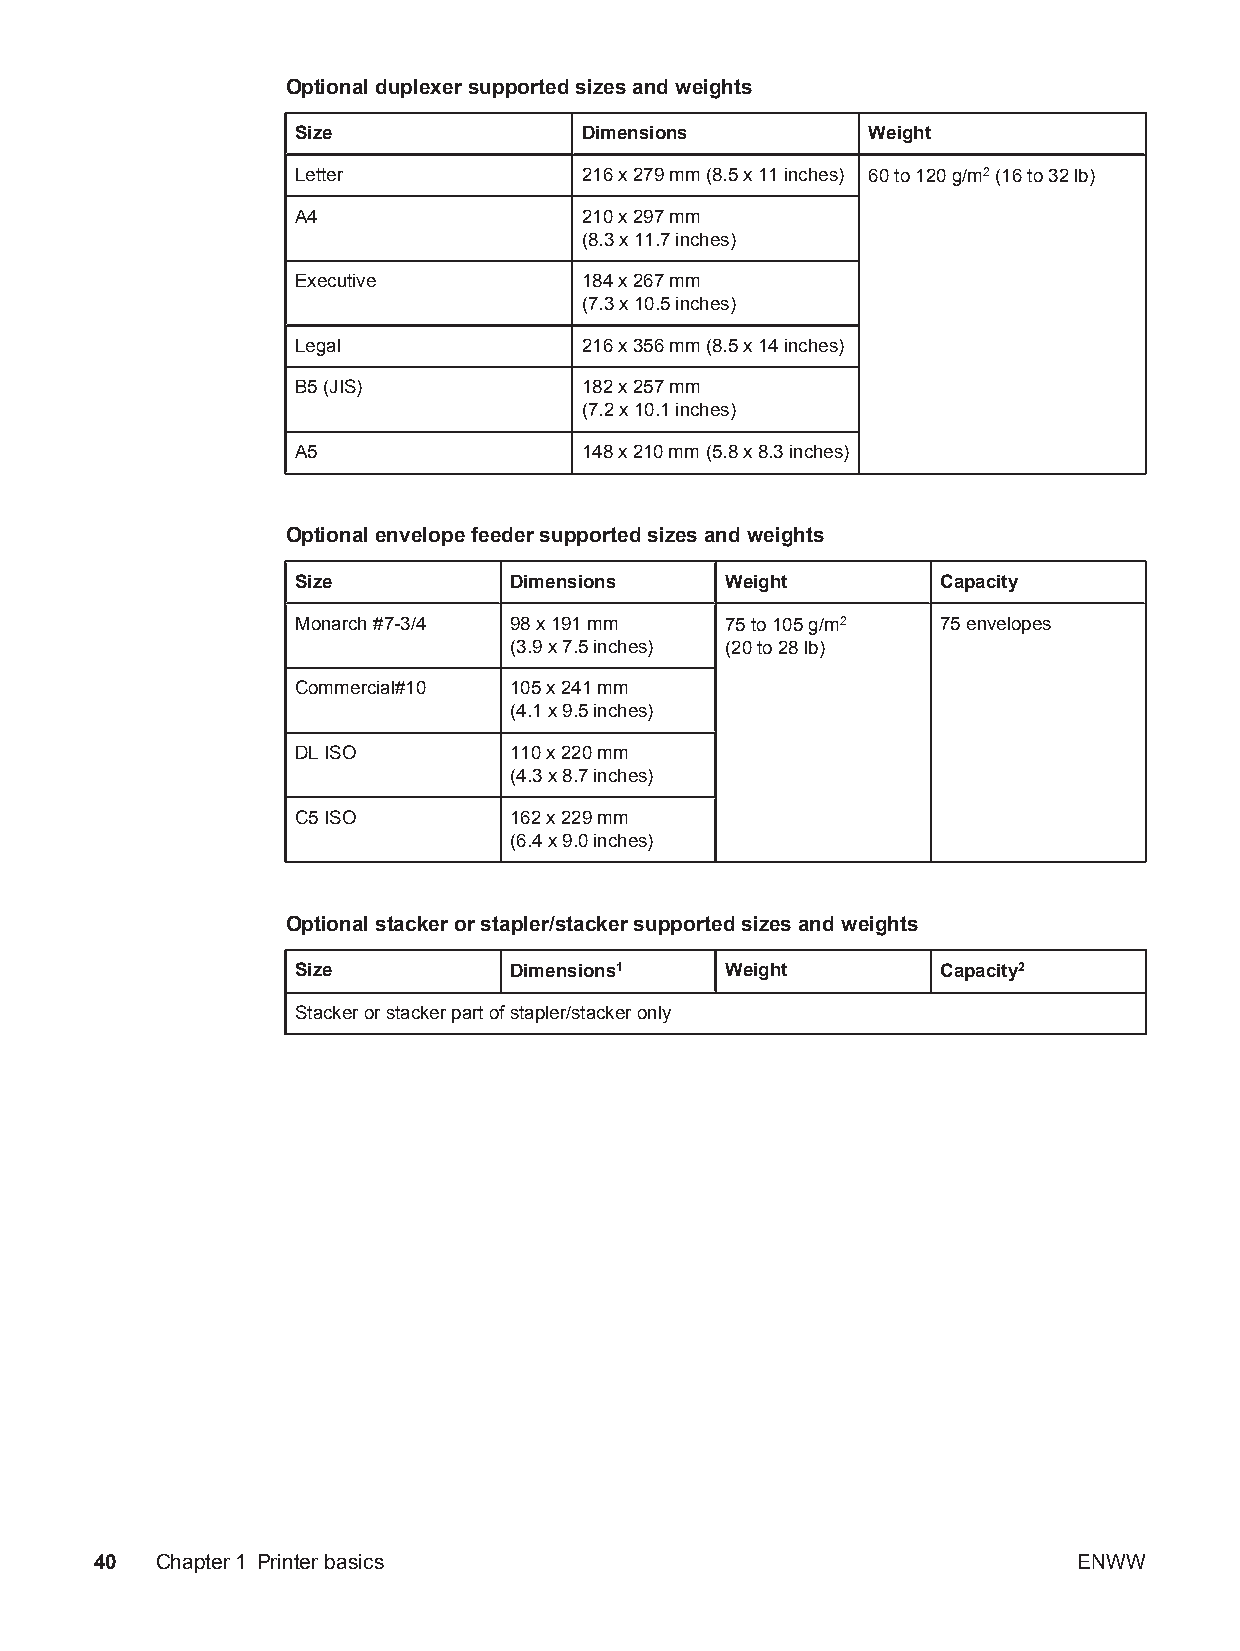
Optional duplexer supported sizes and weights
 Size              Dimensions         Weight
 Letter            216 x 279 mm (8.5 x 11 inches) 60 to 120 g/m2 (16 to 32 lb)
 A4                210 x 297 mm
 (8.3 x 11.7 inches)
 Executive         184 x 267 mm
 (7.3 x 10.5 inches)
 Legal             216 x 356 mm (8.5 x 14 inches)
 B5 (JIS)          182 x 257 mm
 (7.2 x 10.1 inches)
 A5                148 x 210 mm (5.8 x 8.3 inches)
 Optional envelope feeder supported sizes and weights
 Size          Dimensions    Weight        Capacity
 Monarch #7-3/4 98 x 191 mm  75 to 105 g/m2 75 envelopes
 (3.9 x 7.5 inches) (20 to 28 lb)
 Commercial#10 105 x 241 mm
 (4.1 x 9.5 inches)
 DL ISO        110 x 220 mm
 (4.3 x 8.7 inches)
 C5 ISO        162 x 229 mm
 (6.4 x 9.0 inches)
 Optional stacker or stapler/stacker supported sizes and weights
 Size          Dimensions1   Weight        Capacity2
 Stacker or stacker part of stapler/stacker only
 40  Chapter1 Printer basics                                      ENWW